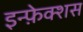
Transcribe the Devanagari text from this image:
इन्फ़ेक्शस